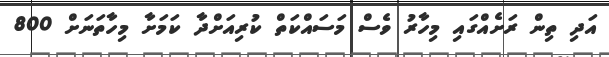
އަދި ތިން ރަށެއްގައި މިހާރު ވެސް މަސައްކަތް ކުރިއަށްދާ ކަމަށާ މިހާތަނަށް 800